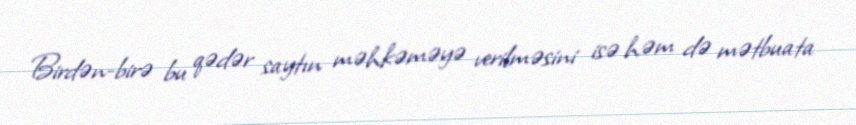
Birdən-birə bu qədər saytın məhkəməyə verilməsini isə həm də mətbuata